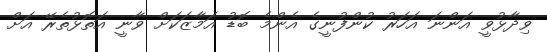
ވިދާޅުވީ އަންނަ އަހަރު ކުންފުނީގެ އެންމެ ބޮޑު އަމާޒަކަށް ވާނީ އަތޮޅުތެރޭ އަށް